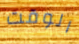
الوقت